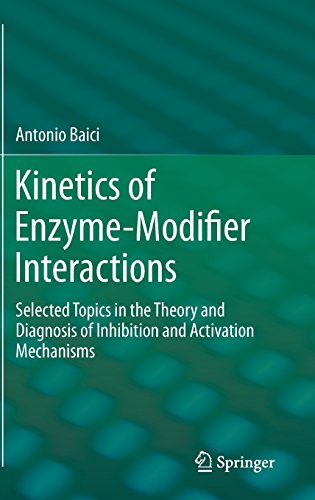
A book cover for Kinetics of Enzyme-Modifier Interactions: Selected Topics in the Theory and Diagnosis of Inhibition and Activation Mechanisms; Antonio Baici; Science & Math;